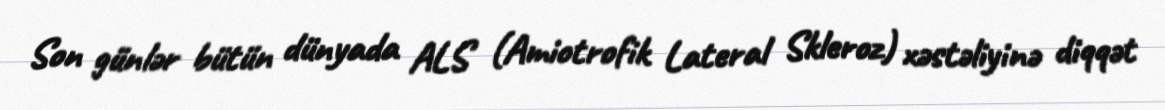
Son günlər bütün dünyada ALS (Amiotrofik Lateral Skleroz) xəstəliyinə diqqət